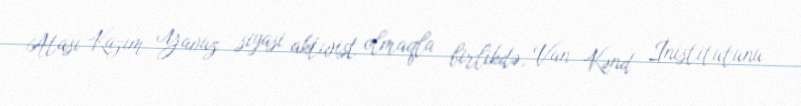
Atası Kazım Yavuz siyasi aktivist olmaqla birlikdə, Van Kənd İnistitutunu